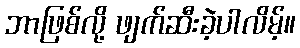
ဘာဖြစ်လို့ ဖျက်ဆီးခဲ့ပါလိမ့်။